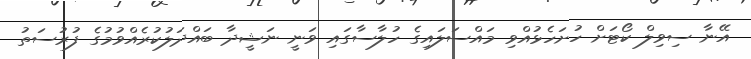
އޭނާ ސިވިލް ކޯޓަށް ހުށަހެޅުއްވި މައްސަލައިގެ ހުލާސާގައި ވަނީ ނަޝީދާ ބައްދަލުކުރެއްވުމުގެ ފުރުސަތު